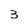
Character: 3